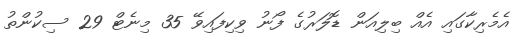
އެމެރިކާގައި އެއް ބިލިއަން ޑޮލަރުގެ ފޯނު ވިކިފައިވޭ 35 މިނެޓް 29 ސިކުންތު